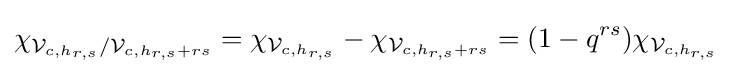
\chi _{{\mathcal {V}}_{c,h_{r,s}}/{\mathcal {V}}_{c,h_{r,s}+rs}}=\chi _{{\mathcal {V}}_{c,h_{r,s}}}-\chi _{{\mathcal {V}}_{c,h_{r,s}+rs}}=(1-q^{rs})\chi _{{\mathcal {V}}_{c,h_{r,s}}}